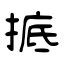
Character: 掋